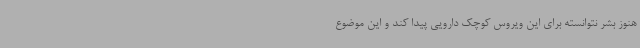
هنوز بشر نتوانسته برای این ویروس کوچک دارویی پیدا کند و این موضوع